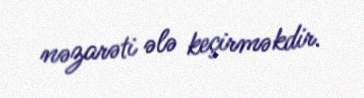
nəzarəti ələ keçirməkdir.